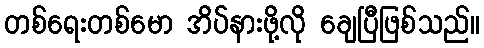
တစ်ရေးတစ်မော အိပ်နားဖို့လို ချေပြီဖြစ်သည်။